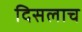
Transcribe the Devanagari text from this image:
दिसलाच